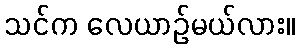
သင်က လေယာဉ်မယ်လား။